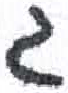
אות: ג